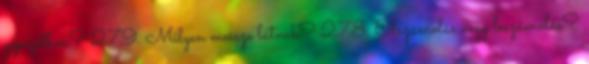
gépezetben? 279. Milyen messze látnak? 278. Elszámolás vagy leszámolás?